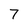
Character: 7